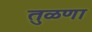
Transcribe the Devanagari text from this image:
तुळणा